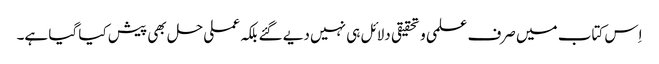
اِس کتاب میں صرف علمی و تحقیقی دلائل ہی نہیں دیے گئے بلکہ عملی حل بھی پیش کیا گیا ہے۔